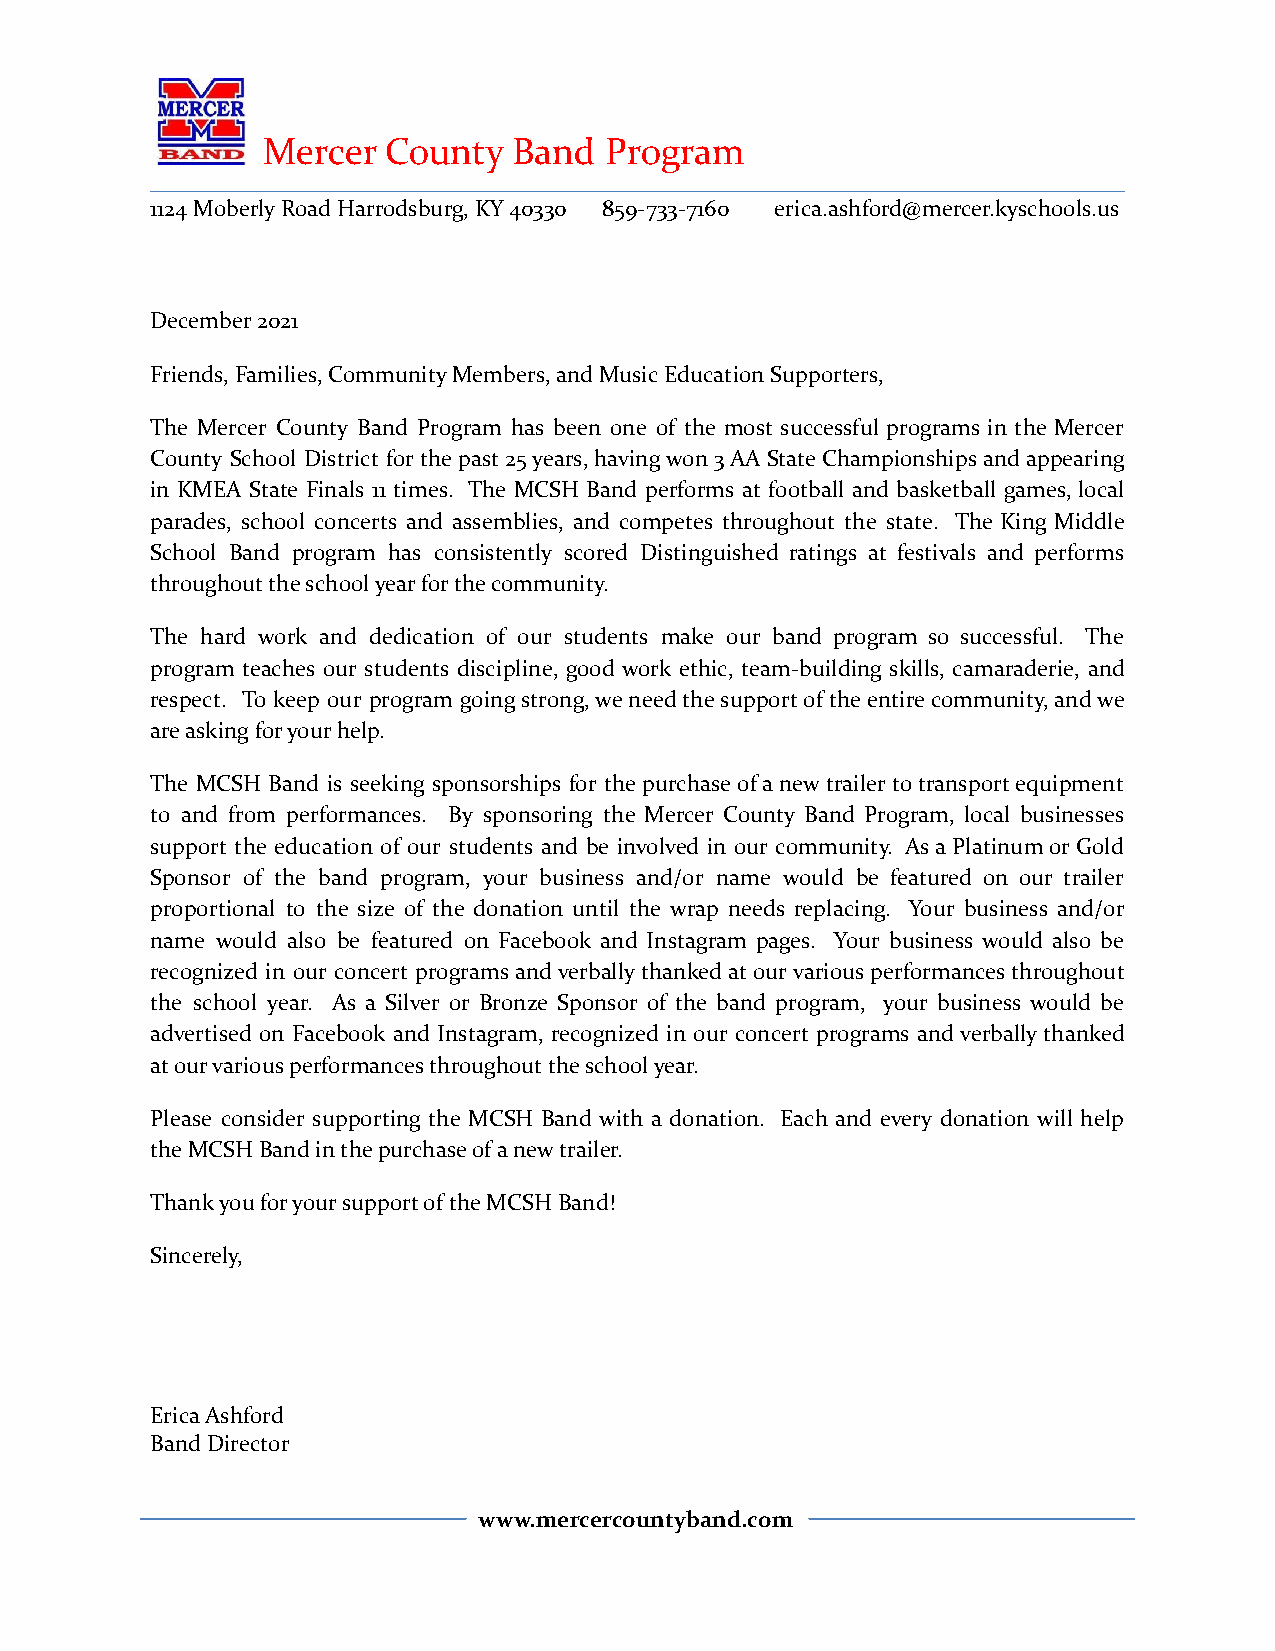
Mercer  County   Band  Program
 1124 Moberly Road Harrodsburg, KY 40330 859-733-7160 erica.ashford@mercer.kyschools.us
 December 2021
 Friends, Families, Community Members, and Music Education Supporters,
 The Mercer County Band Program has been one of the most successful programs in the Mercer
 County School District forthepast25years,havingwon3AAStateChampionshipsandappearing
 in KMEA State Finals 11 times. The MCSH Band performs at football and basketball games,local
 parades, school concerts and assemblies, and competes throughout the state. The King Middle
 School Band program has consistently scored Distinguished ratings at festivals and performs
 throughout the school year for the community.
 The hard work and dedication of our students make our band program so successful. The
 program teaches our students discipline, good work ethic, team-building skills, camaraderie, and
 respect. To keep our program goingstrong,weneedthesupportoftheentirecommunity,andwe
 are asking for your help.
 The MCSH Band is seeking sponsorships for thepurchaseofanewtrailertotransportequipment
 to and from performances. By sponsoring the Mercer County Band Program, local businesses
 support the education of our students and be involved in our community. AsaPlatinumorGold
 Sponsor of the band program, your business and/or name would be featured on our trailer
 proportional to the size of the donation until the wrap needs replacing. Your business and/or
 name would also be featured on Facebook and Instagram pages. Your business would also be
 recognized in our concert programsandverballythankedatourvariousperformancesthroughout
 the school year. As a Silver or Bronze Sponsor of the band program, your business would be
 advertised on Facebook and Instagram, recognized in our concert programs andverballythanked
 at our various performances throughout the school year.
 Please consider supporting the MCSH Band with a donation. Each and every donation will help
 the MCSH Band in the purchase of a new trailer.
 Thank you for your support of the MCSH Band!
 Sincerely,
 Erica Ashford
 Band Director
 www.mercercountyband.com